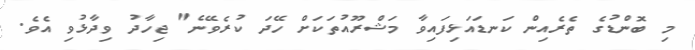
މި ބޮންޑުގެ ތެރެއިން ކަނޑައަޅިފައިވާ މަޝްރޫއުތަކަށް ހޭދަ ކުރެވޭނެ" ޖިހާދު ވިދާޅުވި އެވެ.